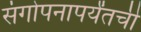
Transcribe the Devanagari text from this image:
संगोपनापर्यंतची